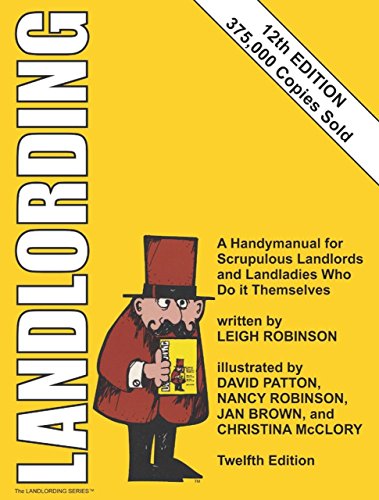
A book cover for Landlording: A Handymanual for Scrupulous Landlords and Landladies Who Do It Themselves; Leigh Robinson; Business & Money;